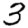
Digit: 3